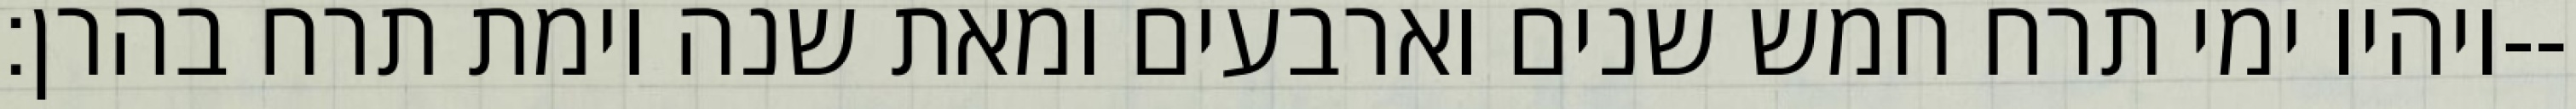
ויהיו ימי תרח חמש שנים וארבעים ומאת שנה וימת תרח בהרן׃--